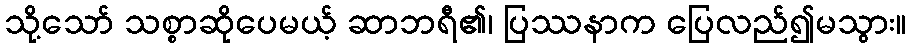
သို့သော် သစ္စာဆိုပေမယ့် ဆာဘရီ၏၊ ပြဿနာက ပြေလည်၍မသွား။